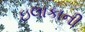
ઇલાકાની